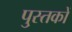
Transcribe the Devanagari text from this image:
पु्स्तकों